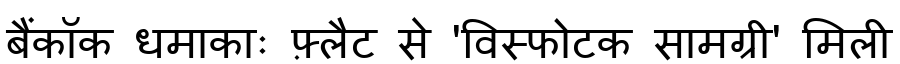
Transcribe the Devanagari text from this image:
बैंकॉक धमाकाः फ़्लैट से 'विस्फोटक सामग्री' मिली